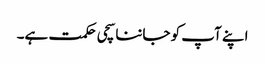
اپنے آپ کو جاننا سچی حکمت ہے۔